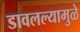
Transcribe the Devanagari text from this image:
डावलल्यामुळे